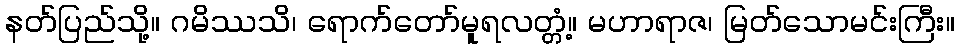
နတ်ပြည်သို့။ ဂမိဿသိ၊ ရောက်တော်မူရလတ္တံ့။ မဟာရာဇ၊ မြတ်သောမင်းကြီး။